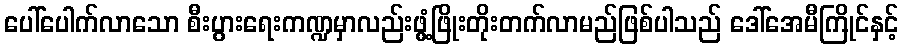
ပေါ်ပေါက်လာသော စီးပွားရေးကဏ္ဍမှာလည်းဖွံ့ဖြိုးတိုးတက်လာမည်ဖြစ်ပါသည် ဒေါ်အေမီကြိုင်နှင့်